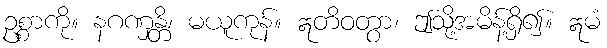
ဥစ္စာကို။ နဂဏှန္တိ၊ မယူကုန်။ ဣတိဝတွာ၊ ဤသို့အမိန့်ရှိ၍။ ဣမံ